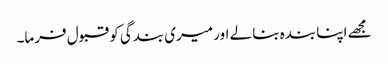
مجھے اپنا بندہ بنا لے اور میری بندگی کو قبول فرما۔